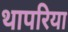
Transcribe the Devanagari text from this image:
थापरिया